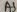
Text: A5